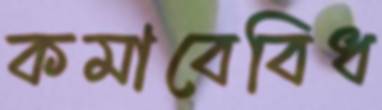
কমাবেবিধ